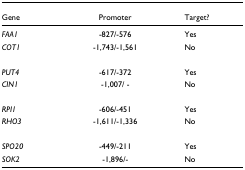
| Gene | Promoter | Target? |
 | --- | --- | --- |
 | FAA1 | -827/-576 | Yes |
 | COT1 | -1,743/-1,561 | No |
 | PUT4 | -617/-372 | Yes |
 | CIN1 | -1,007/ - | No |
 | RPI1 | -606/-451 | Yes |
 | RHO3 | -1,611/-1,336 | No |
 | SPO20 | -449/-211 | Yes |
 | SOK2 | -1,896/- | No |